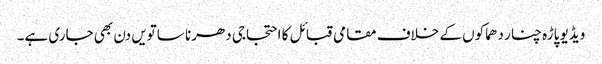
ویڈیو پاڑہ چنار دھماکوں کے خلاف مقامی قبائل کا احتجاجی دھرنا ساتویں دن بھی جاری ہے۔